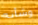
وشأنه